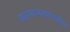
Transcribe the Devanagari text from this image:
स्थानानंतरणशील